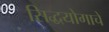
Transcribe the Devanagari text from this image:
सिद्धयोगाचे